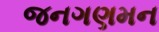
જનગણમન